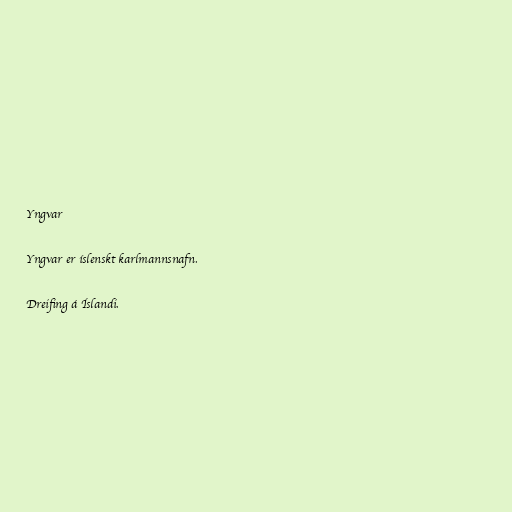
Yngvar

Yngvar er íslenskt karlmannsnafn.

Dreifing á Íslandi.